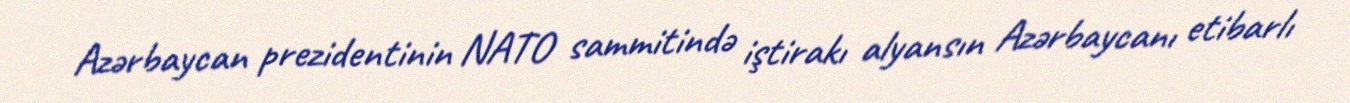
Azərbaycan prezidentinin NATO sammitində iştirakı alyansın Azərbaycanı etibarlı